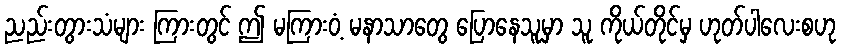
ညည်းတွားသံများ ကြားတွင် ဤ မကြားဝံ့ မနာသာတွေ ပြောနေသူမှာ သူ ကိုယ်တိုင်မှ ဟုတ်ပါလေးစဟု